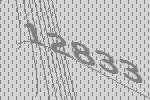
12833